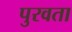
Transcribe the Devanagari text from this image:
पुरवता